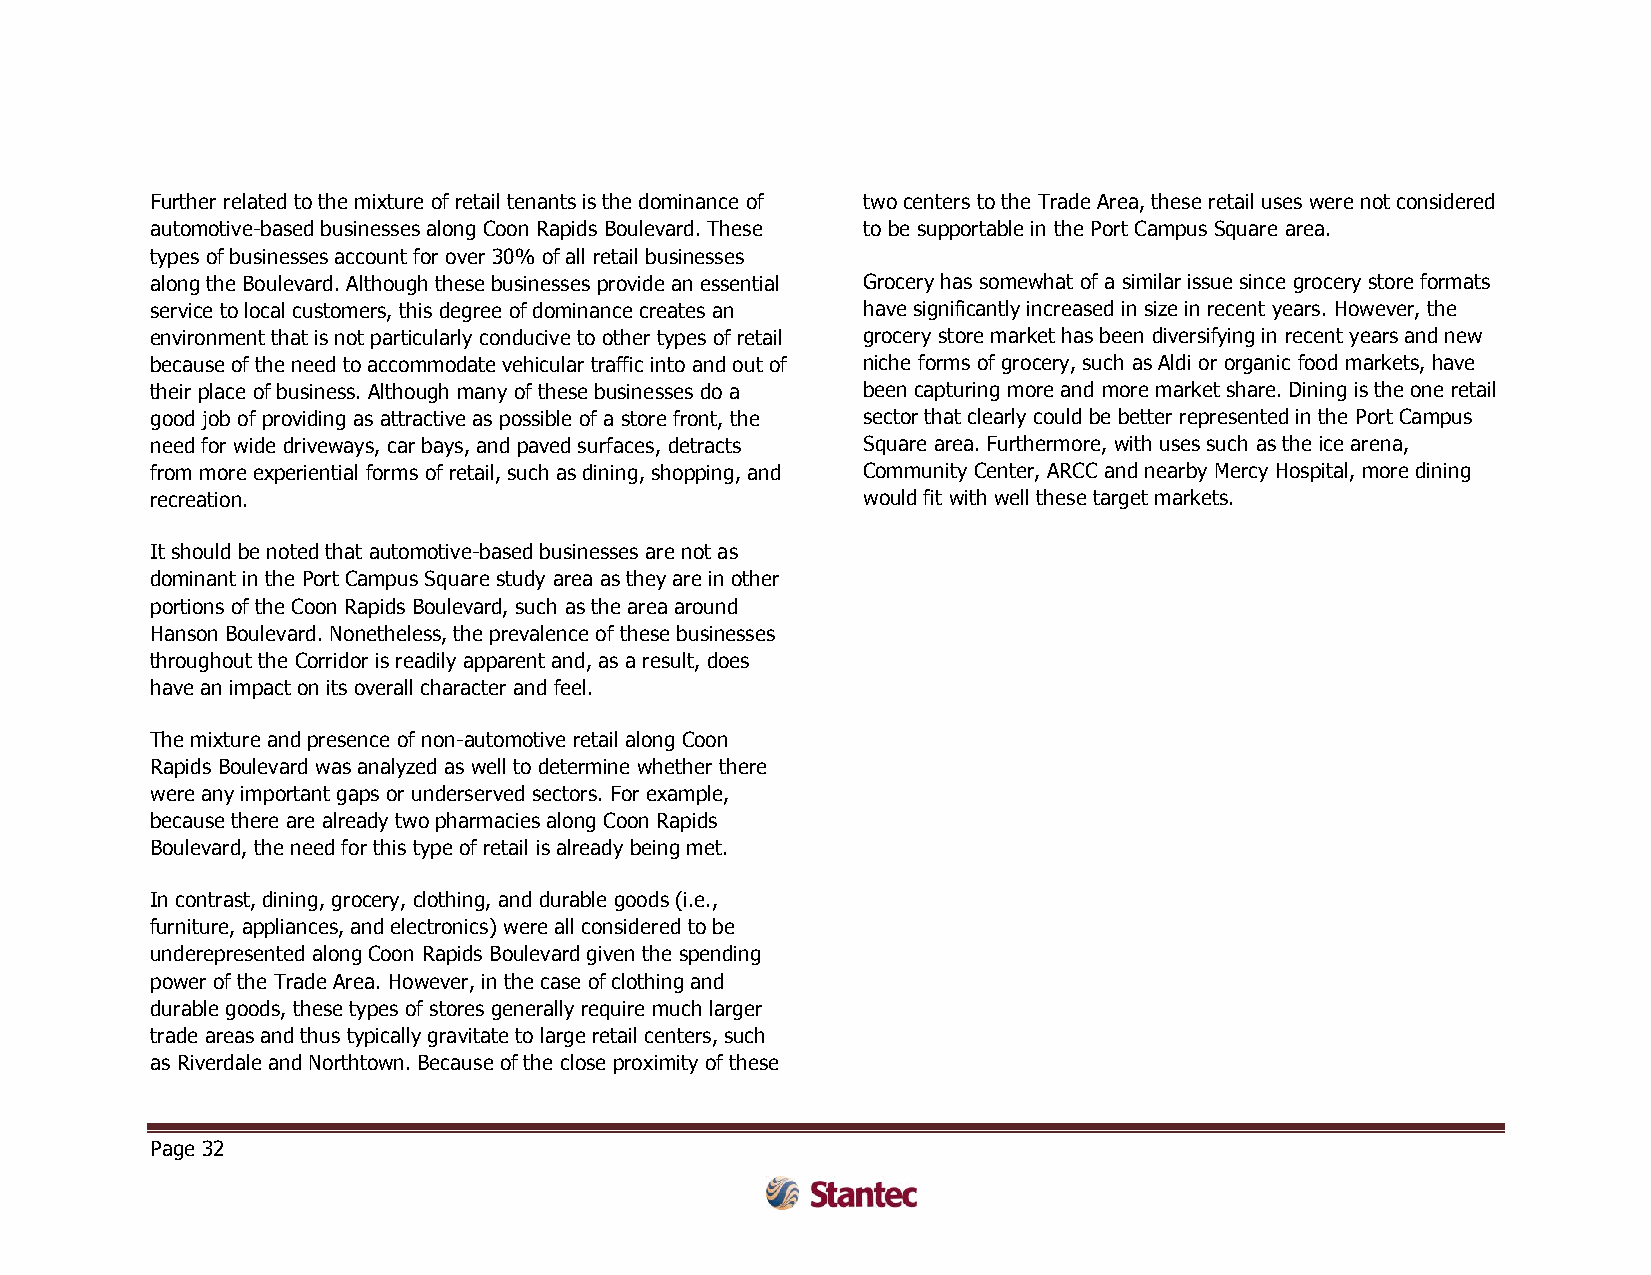
Further related to the mixture of retail tenants is the dominance of two centers to the Trade Area, these retail uses were not considered
 automotive-based businesses along Coon Rapids Boulevard. These to be supportable in the Port Campus Square area.
 types of businesses account for over 30% of all retail businesses
 along the Boulevard. Although these businesses provide an essential Grocery has somewhat of a similar issue since grocery store formats
 service to local customers, this degree of dominance creates an have significantly increased in size in recent years. However, the
 environment that is not particularly conducive to other types of retail grocery store market has been diversifying in recent years and new
 because of the need to accommodate vehicular traffic into and out of niche forms of grocery, such as Aldi or organic food markets, have
 their place of business. Although many of these businesses do a been capturing more and more market share. Dining is the one retail
 good job of providing as attractive as possible of a store front, the sector that clearly could be better represented in the Port Campus
 need for wide driveways, car bays, and paved surfaces, detracts Square area. Furthermore, with uses such as the ice arena,
 from more experiential forms of retail, such as dining, shopping, and Community Center, ARCC and nearby Mercy Hospital, more dining
 recreation.                                    would fit with well these target markets.
 It should be noted that automotive-based businesses are not as
 dominant in the Port Campus Square study area as they are in other
 portions of the Coon Rapids Boulevard, such as the area around
 Hanson Boulevard. Nonetheless, the prevalence of these businesses
 throughout the Corridor is readily apparent and, as a result, does
 have an impact on its overall character and feel.
 The mixture and presence of non-automotive retail along Coon
 Rapids Boulevard was analyzed as well to determine whether there
 were any important gaps or underserved sectors. For example,
 because there are already two pharmacies along Coon Rapids
 Boulevard, the need for this type of retail is already being met.
 In contrast, dining, grocery, clothing, and durable goods (i.e.,
 furniture, appliances, and electronics) were all considered to be
 underepresented along Coon Rapids Boulevard given the spending
 power of the Trade Area. However, in the case of clothing and
 durable goods, these types of stores generally require much larger
 trade areas and thus typically gravitate to large retail centers, such
 as Riverdale and Northtown. Because of the close proximity of these
 Page 32